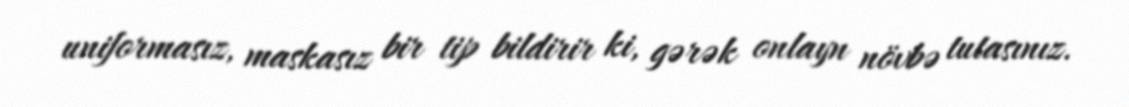
uniformasız, maskasız bir tip bildirir ki, gərək onlayn növbə tutasınız.